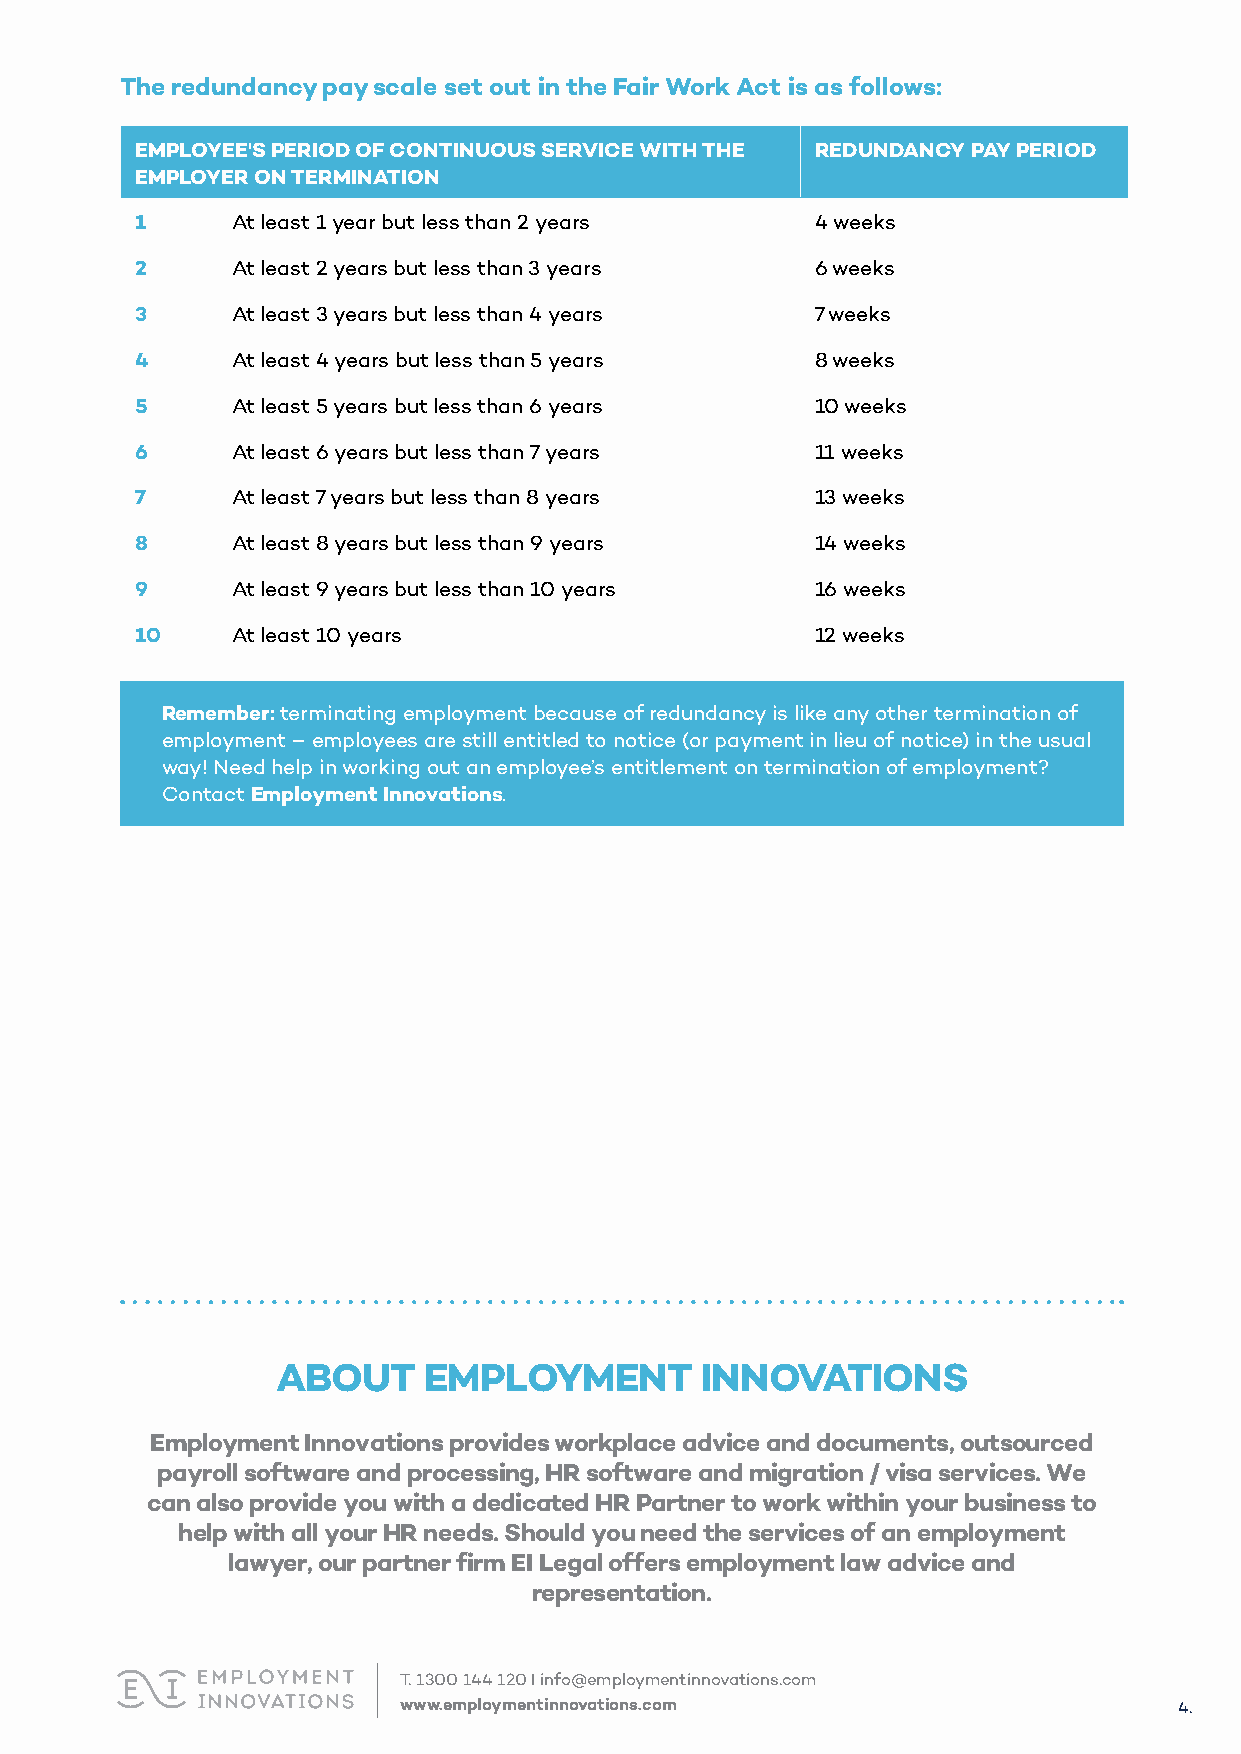
The redundancy pay scale set out in the Fair Work Act is as follows:
 EMPLOYEE'S PERIOD OF CONTINUOUS SERVICE WITH THE REDUNDANCY PAY PERIOD
 EMPLOYER ON TERMINATION
 1     At least 1 year but less than 2 years  4 weeks
 2     At least 2 years but less than 3 years 6 weeks
 3     At least 3 years but less than 4 years 7 weeks
 4     At least 4 years but less than 5 years 8 weeks
 5     At least 5 years but less than 6 years 10 weeks
 6     At least 6 years but less than 7 years 11 weeks
 7     At least 7 years but less than 8 years 13 weeks
 8     At least 8 years but less than 9 years 14 weeks
 9     At least 9 years but less than 10 years 16 weeks
 10    At least 10 years                      12 weeks
 Remember: terminating employment because of redundancy is like any other termination of
 employment – employees are still entitled to notice (or payment in lieu of notice) in the usual
 way! Need help in working out an employee’s entitlement on termination of employment?
 Contact Employment Innovations.
 ABOUT     EMPLOYMENT         INNOVATIONS
 Employment Innovations provides workplace advice and documents, outsourced
 payroll software and processing, HR software and migration / visa services. We
 can also provide you with a dedicated HR Partner to work within your business to
 help with all your HR needs. Should you need the services of an employment
 lawyer, our partner firm EI Legal offers employment law advice and
 representation.
 T.1300 144 120 I info@employmentinnovations.com
 www.employmentinnovations.com                       4.